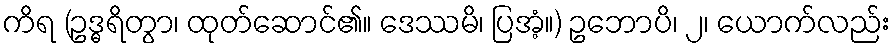
ကိရ (ဥဒ္ဓရိတွာ၊ ထုတ်ဆောင်၏။ ဒေဿမိ၊ ပြအံ့။) ဥဘောပိ၊ ၂၊ ယောက်လည်း